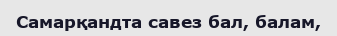
Самарқандта савез бал, балам,